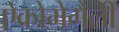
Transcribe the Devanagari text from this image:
ऐक्रोमेगैली